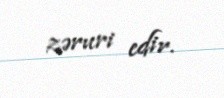
zəruri edir.